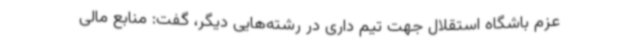
عزم باشگاه استقلال جهت تیم داری در رشته‌هایی دیگر، گفت: منابع مالی